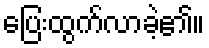
ပြေးထွက်လာခဲ့၏။